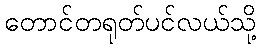
တောင်တရုတ်ပင်လယ်သို့